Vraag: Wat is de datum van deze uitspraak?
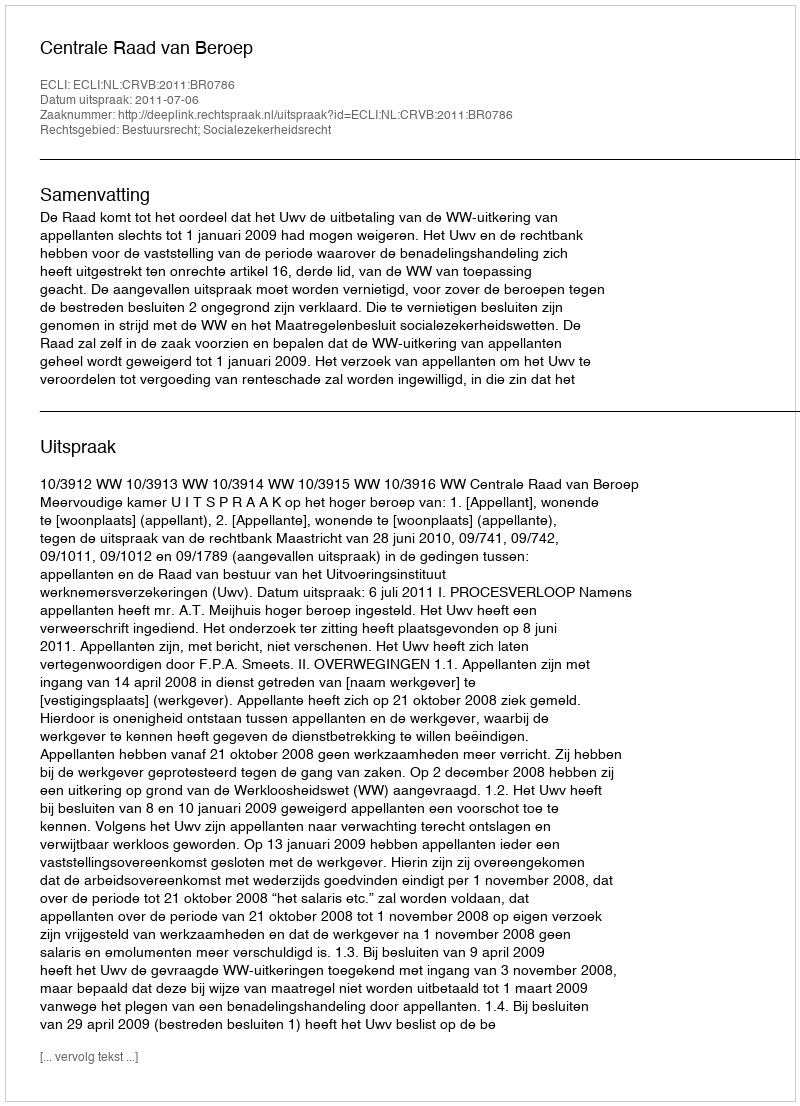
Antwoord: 2011-07-06